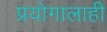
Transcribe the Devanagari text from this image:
प्रयोगालाही